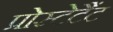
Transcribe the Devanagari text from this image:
प्रोस्टेटैंट